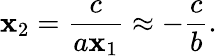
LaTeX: \mathbf{x}_{2}={\frac{{c}}{{a\mathbf{x}_{1}}}}\approx-{\frac{{c}}{{b}}}.